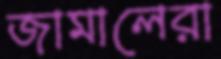
জামালেরা